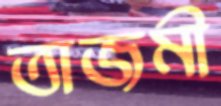
তাজমী